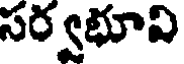
సర్వభూవి